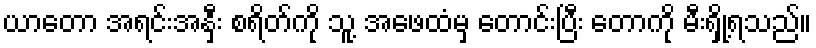
ယာတော အရင်းအနှီး စရိတ်ကို သူ့ အဖေထံမှ တောင်းပြီး တောကို မီးရှို့ရသည်။